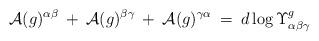
LaTeX: \begin{align*}{\cal A}(g)^{\alpha \beta} \: + \:{\cal A}(g)^{\beta \gamma} \: + \:{\cal A}(g)^{\gamma \alpha} \: = \:d \log \Upsilon^g_{\alpha \beta \gamma}\end{align*}